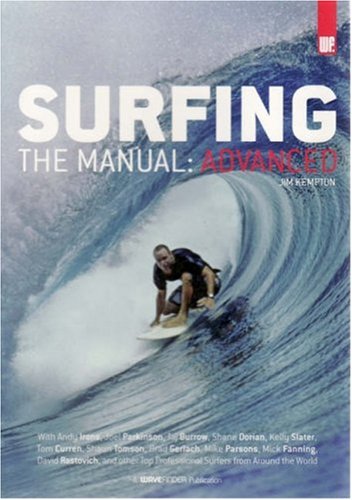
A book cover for SURFING THE MANUAL; Jim Kempton; Sports & Outdoors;